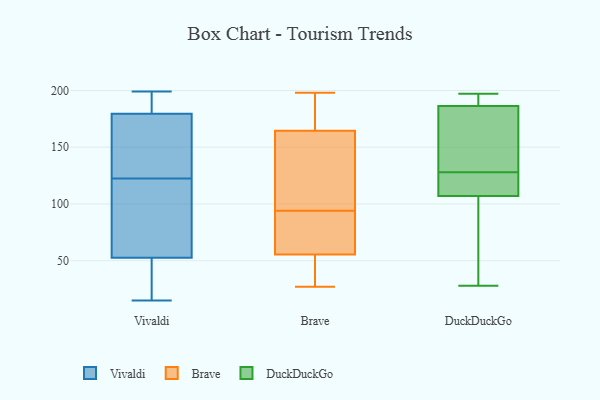
{"axis": {"x": "Humidity (%)", "y": "Value"}, "legend": ["Brave", "DuckDuckGo", "Vivaldi"], "data": [{"x": "", "y": 16, "type": "Vivaldi"}, {"x": "", "y": 103, "type": "Vivaldi"}, {"x": "", "y": 93, "type": "Vivaldi"}, {"x": "", "y": 197, "type": "Vivaldi"}, {"x": "", "y": 166, "type": "Vivaldi"}, {"x": "", "y": 91, "type": "Vivaldi"}, {"x": "", "y": 172, "type": "Vivaldi"}, {"x": "", "y": 153, "type": "Vivaldi"}, {"x": "", "y": 15, "type": "Vivaldi"}, {"x": "", "y": 191, "type": "Vivaldi"}, {"x": "", "y": 53, "type": "Vivaldi"}, {"x": "", "y": 193, "type": "Vivaldi"}, {"x": "", "y": 135, "type": "Vivaldi"}, {"x": "", "y": 52, "type": "Vivaldi"}, {"x": "", "y": 110, "type": "Vivaldi"}, {"x": "", "y": 199, "type": "Vivaldi"}, {"x": "", "y": 30, "type": "Vivaldi"}, {"x": "", "y": 162, "type": "Vivaldi"}, {"x": "", "y": 187, "type": "Vivaldi"}, {"x": "", "y": 35, "type": "Vivaldi"}, {"x": "", "y": 166, "type": "Brave"}, {"x": "", "y": 94, "type": "Brave"}, {"x": "", "y": 183, "type": "Brave"}, {"x": "", "y": 198, "type": "Brave"}, {"x": "", "y": 67, "type": "Brave"}, {"x": "", "y": 45, "type": "Brave"}, {"x": "", "y": 53, "type": "Brave"}, {"x": "", "y": 63, "type": "Brave"}, {"x": "", "y": 157, "type": "Brave"}, {"x": "", "y": 160, "type": "Brave"}, {"x": "", "y": 27, "type": "Brave"}, {"x": "", "y": 122, "type": "DuckDuckGo"}, {"x": "", "y": 113, "type": "DuckDuckGo"}, {"x": "", "y": 67, "type": "DuckDuckGo"}, {"x": "", "y": 128, "type": "DuckDuckGo"}, {"x": "", "y": 184, "type": "DuckDuckGo"}, {"x": "", "y": 197, "type": "DuckDuckGo"}, {"x": "", "y": 131, "type": "DuckDuckGo"}, {"x": "", "y": 28, "type": "DuckDuckGo"}, {"x": "", "y": 105, "type": "DuckDuckGo"}, {"x": "", "y": 194, "type": "DuckDuckGo"}, {"x": "", "y": 187, "type": "DuckDuckGo"}]}